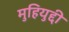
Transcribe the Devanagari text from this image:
मुहियुद्दी